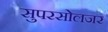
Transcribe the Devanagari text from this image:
सुपरसोलजर